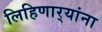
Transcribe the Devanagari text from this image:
लिहिणार्‍यांना